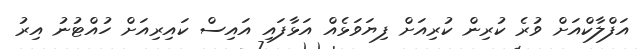
އަފްލާކްއަށް ވުރެ ކުރިން ކުރިއަށް ފިޔަވަޅެއް އަޅާފައި އައިސް ކައިރިއަށް ހުއްޓުނު އިރު